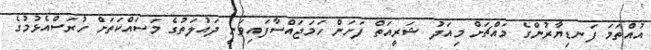
އުއްތަމަ ފަނޑިޔާރުންގެ މައްޗަށް މިއަދު ޝަރީއަތް ފަށަން ހަމަޖައްސާފައިވަނީ ދައުލަތުގެ މަސައްކަތަށް ހުރަސްއެޅުމުގެ